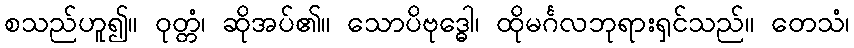
စသည်ဟူ၍။ ဝုတ္တံ၊ ဆိုအပ်၏။ သောပိဗုဒ္ဓေါ၊ ထိုမင်္ဂလဘုရားရှင်သည်။ တေသံ၊